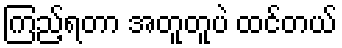
ကြည့်ရတာ အတူတူပဲ ထင်တယ်